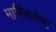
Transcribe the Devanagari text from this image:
मार्मिकतेचा